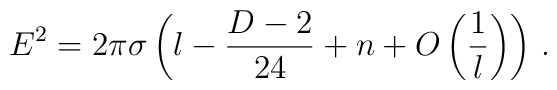
E^2 = 2\pi\sigma \left( l - \frac{D-2}{24} + n+ O\left(\frac{1}{l}\right) \right) \,.